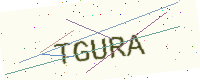
Text: TGURA